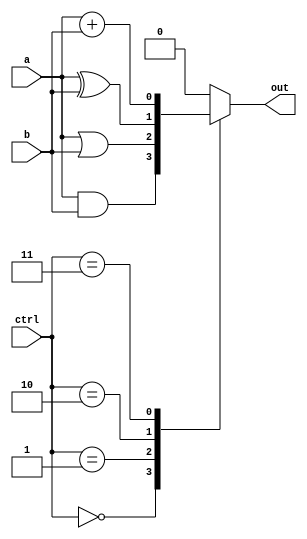
module ALU(input wire a, input wire b, input wire [2:0] ctrl, output wire out);

  wire and_out, or_out, xor_out, adder_out;

  assign and_out = (ctrl == 3'b000) ? (a & b) : 1'b0; // AND operation
  assign or_out = (ctrl == 3'b001) ? (a | b) : 1'b0; // OR operation
  assign xor_out = (ctrl == 3'b010) ? (a ^ b) : 1'b0; // XOR operation
  assign adder_out = (ctrl == 3'b011) ? (a + b) : 1'b0; // Adds the two input bits

  always @(*) begin
    case(ctrl)
      3'b000: out = and_out; // AND
      3'b001: out = or_out; // OR
      3'b010: out = xor_out; // XOR
      3'b011: out = adder_out; // Adder/Subtractor
      default: out = 1'b0;
    endcase
  end

endmodule